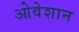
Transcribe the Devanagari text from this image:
ओवेशान